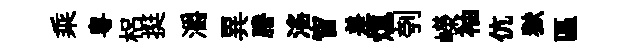
乘粵梠挺灂異謄滛窅差熄刳嶸袖伉獄區